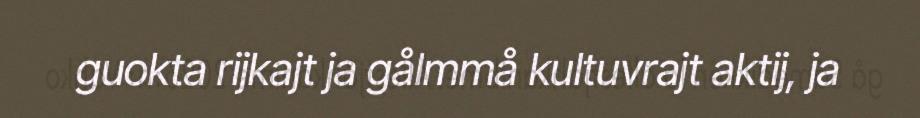
guokta rijkajt ja gålmmå kultuvrajt aktij, ja